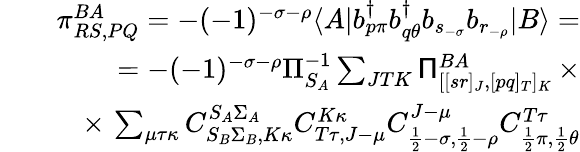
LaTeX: \begin{array}{rlr}&{}&{\pi_{RS,PQ}^{BA}=-(-1)^{-\sigma-\rho}\langle A|b_{p\pi}^{\dagger}b_{q\theta}^{\dagger}b_{s_{-\sigma}}b_{r_{-\rho}}|B\rangle=}\\ &{}&{=-(-1)^{-\sigma-\rho}\Pi_{S_{A}}^{-1}\sum_{JTK}\mathsf{\Pi}_{[[sr]_{J},[pq]_{T}]_{K}}^{BA}\, \times}\\ &{}&{\times\, \sum_{\mu\tau\kappa}C_{S_{B}\Sigma_{B},K\kappa}^{S_{A}\Sigma_{A}}C_{T\tau,J-\mu}^{K\kappa}C_{\frac{1}{2}-\sigma,\frac{1}{2}-\rho}^{J-\mu}C_{\frac{1}{2}\pi,\frac{1}{2}\theta}^{T\tau}}\end{array}